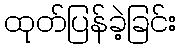
ထုတ်ပြန်ခဲ့ခြင်း